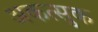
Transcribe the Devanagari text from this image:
अकत्सुक